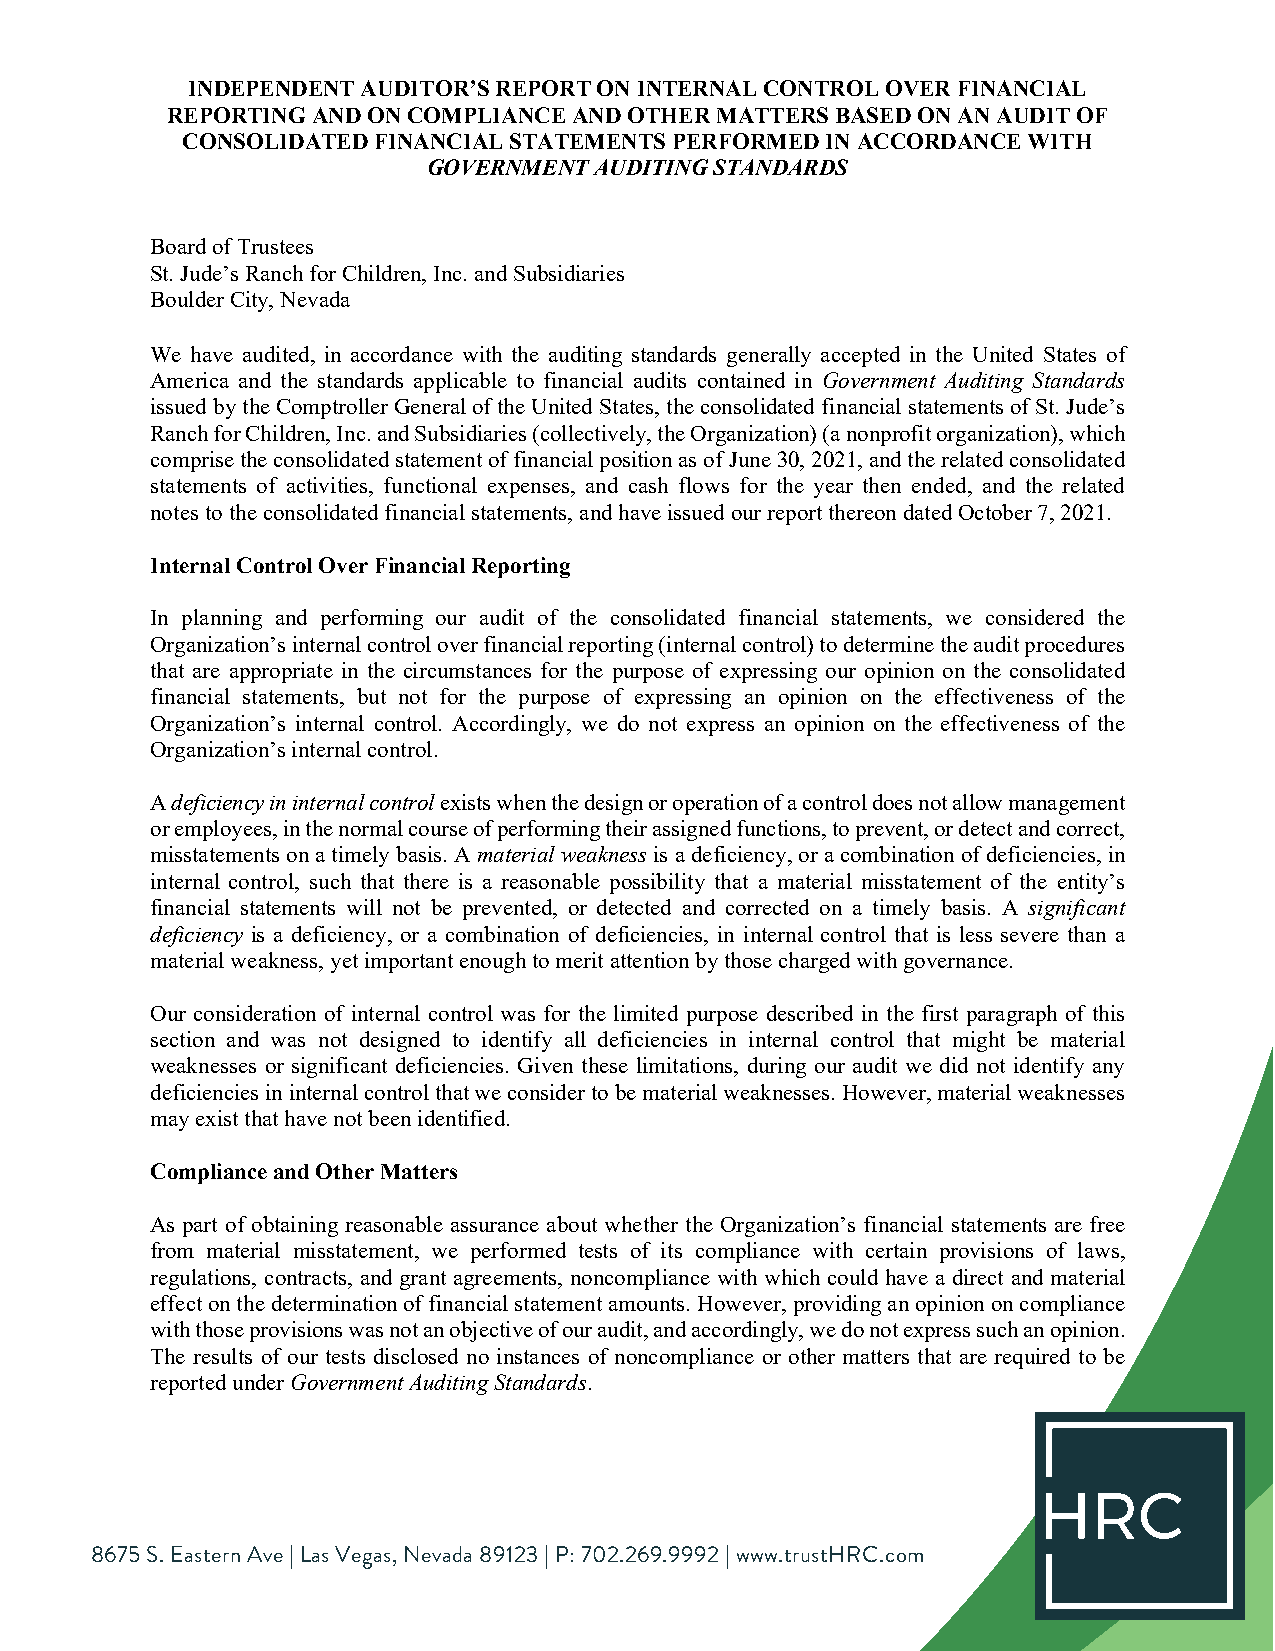
INDEPENDENT AUDITOR’S REPORT ON INTERNAL CONTROL OVER FINANCIAL
 REPORTING AND ON COMPLIANCE AND OTHER MATTERS BASED ON AN AUDIT OF
 CONSOLIDATED FINANCIAL STATEMENTS PERFORMED IN ACCORDANCE WITH
 GOVERNMENT AUDITING STANDARDS
 Board of Trustees
 St. Jude’s Ranch for Children, Inc. and Subsidiaries
 Boulder City, Nevada
 We have audited, in accordance with the auditing standards generally accepted in the United States of
 America and the standards applicable to financial audits contained in Government Auditing Standards
 issued by the Comptroller General of the United States, the consolidated financial statements of St. Jude’s
 Ranch for Children, Inc. and Subsidiaries (collectively, the Organization) (a nonprofit organization), which
 comprise the consolidated statement of financial position as of June 30, 2021, and the related consolidated
 statements of activities, functional expenses, and cash flows for the year then ended, and the related
 notes to the consolidated financial statements, and have issued our report thereon dated October 7, 2021.
 Internal Control Over Financial Reporting
 In planning and performing our audit of the consolidated financial statements, we considered the
 Organization’s internal control over financial reporting (internal control) to determine the audit procedures
 that are appropriate in the circumstances for the purpose of expressing our opinion on the consolidated
 financial statements, but not for the purpose of expressing an opinion on the effectiveness of the
 Organization’s internal control. Accordingly, we do not express an opinion on the effectiveness of the
 Organization’s internal control.
 A deficiency in internal control exists when the design or operation of a control does not allow management
 or employees, in the normal course of performing their assigned functions, to prevent, or detect and correct,
 misstatements on a timely basis. A material weakness is a deficiency, or a combination of deficiencies, in
 internal control, such that there is a reasonable possibility that a material misstatement of the entity’s
 financial statements will not be prevented, or detected and corrected on a timely basis. A significant
 deficiency is a deficiency, or a combination of deficiencies, in internal control that is less severe than a
 material weakness, yet important enough to merit attention by those charged with governance.
 Our consideration of internal control was for the limited purpose described in the first paragraph of this
 section and was not designed to identify all deficiencies in internal control that might be material
 weaknesses or significant deficiencies. Given these limitations, during our audit we did not identify any
 deficiencies in internal control that we consider to be material weaknesses. However, material weaknesses
 may exist that have not been identified.
 Compliance and Other Matters
 As part of obtaining reasonable assurance about whether the Organization’s financial statements are free
 from material misstatement, we performed tests of its compliance with certain provisions of laws,
 regulations, contracts, and grant agreements, noncompliance with which could have a direct and material
 effect on the determination of financial statement amounts. However, providing an opinion on compliance
 with those provisions was not an objective of our audit, and accordingly, we do not express such an opinion.
 The results of our tests disclosed no instances of noncompliance or other matters that are required to be
 reported under Government Auditing Standards.
 8675 S. Eastern Ave | Las Vegas, Nevada 89123 | P: 702.269.9992 | www.trustHRC.com